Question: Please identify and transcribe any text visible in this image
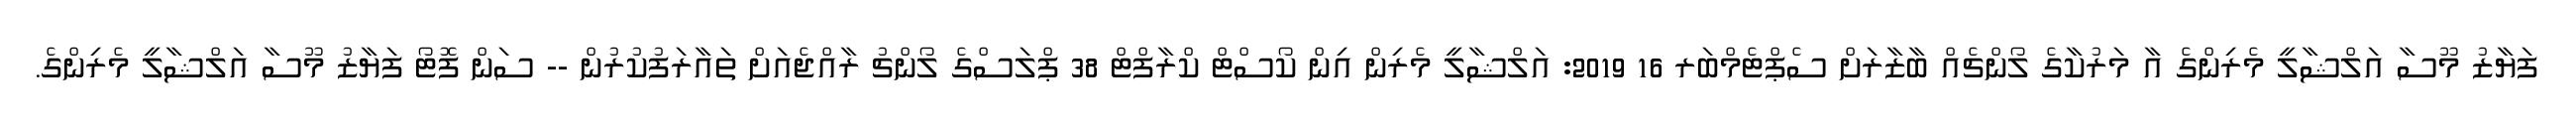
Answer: ފަޔާޒު މޫސާ އަލްޝާލީ މެރިންގެ އާ މަރުކާގެ ލޯންޗެއް ބާޒާރަށް ސެޕްޓެމްބަރ 16 2019: އަލްޝާލީ މެރިން އިން ކޯސްޓް ކްރާފްޓް 38 ޕްލަސްގެ ލޯންޗު ރާއްޖެއަށް ތައާރަފުކުރުން -- ސަން ފޮޓޯ ފަޔާޒު މޫސާ އަލްޝާލީ މެރިންގެ.